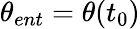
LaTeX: \theta_{ent}=\theta(t_{0})